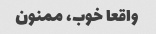
واقعا خوب، ممنون